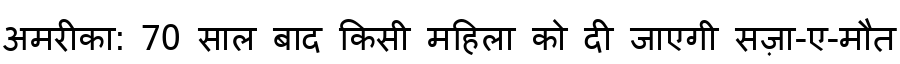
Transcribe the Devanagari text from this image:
अमरीका: 70 साल बाद किसी महिला को दी जाएगी सज़ा-ए-मौत